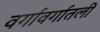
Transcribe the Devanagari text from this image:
वर्गावर्गातली